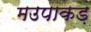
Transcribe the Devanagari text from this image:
मउपाकड़